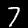
Digit: 7